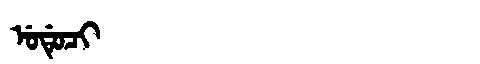
Manchu: ᡠᡩᡠᠴᡳ
Romanization: UDUCI